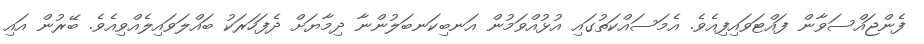
ފެންޖައްސަވާން ފައްޓަވައިފިއެވެ. އެމަސައްކަތުގައި އުޅުއްވަމުން އަނބިކަނބަލުންނާ ދިމާޔަށް ދެފަހަރަކު ބައްލަވައިލެއްވިއެވެ. ބޭރުން އައި